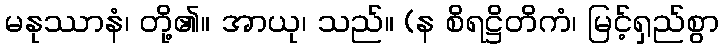
မနုဿာနံ၊ တို့၏။ အာယု၊ သည်။ (န စိရဋ္ဌိတိကံ၊ မြင့်ရှည်စွာ